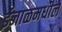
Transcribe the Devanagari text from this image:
ईजाळमधील